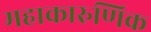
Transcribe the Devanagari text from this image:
महाकारुणिक